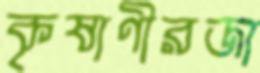
কৃষাণীরজা